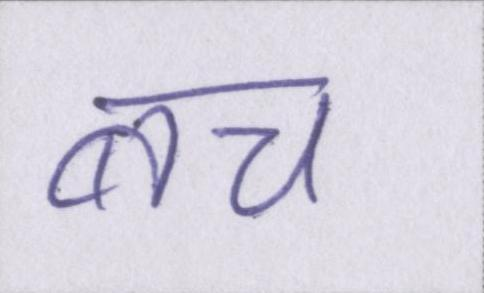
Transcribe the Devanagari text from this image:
बच